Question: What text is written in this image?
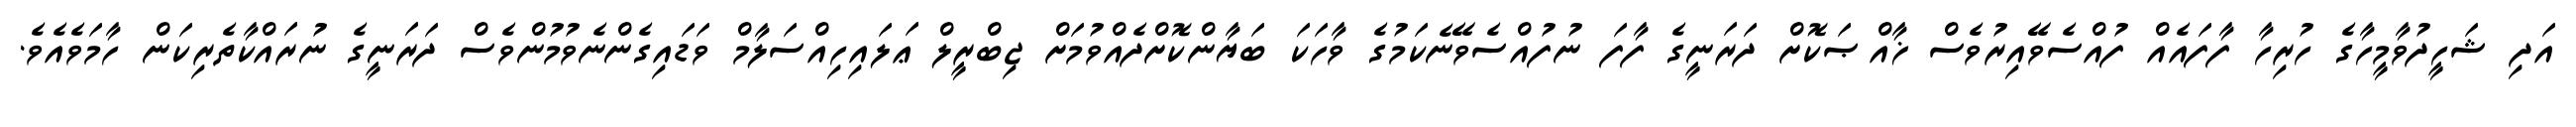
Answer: އަދި ޝަހީދުވާމީހާގެ ހުރިހާ ފާފައެއް ފުއްސެވޭއިރުވެސް ޚާއްޞަކޮށް ދަރަނީގެ ފާފަ ނުފުއްސެވޭނެކަމުގެ ވާހަކަ ބަޔާންކޮށްދެއްވުމަށް ޖިބްރީލް ޢަލައިހިއްސަލާމް ވަޑައިގެންނެވުމުންވެސް ދަރަނީގެ ނުރައްކާތެރިކަން ހާމަވެއެވެ.